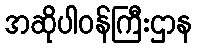
အဆိုပါဝန်ကြီးဌာန